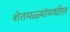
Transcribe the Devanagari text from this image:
शेतमळ्यांमधील